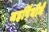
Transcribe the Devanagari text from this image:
महर्षियौंने